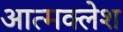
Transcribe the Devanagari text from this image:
आत्मक्लेश